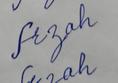
Signature authenticity: forged